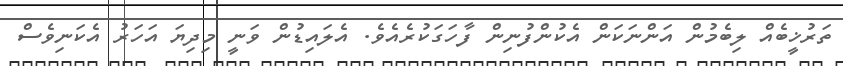
ތަރުޚީބެއް ލިބެމުން އަންނަކަން އެކުންފުނިން ފާހަގަކުރެއެވެ. އެލައިޑުން ވަނީ މިދިޔަ އަހަރު އެކަނިވެސް